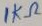
Text: 1KΩ